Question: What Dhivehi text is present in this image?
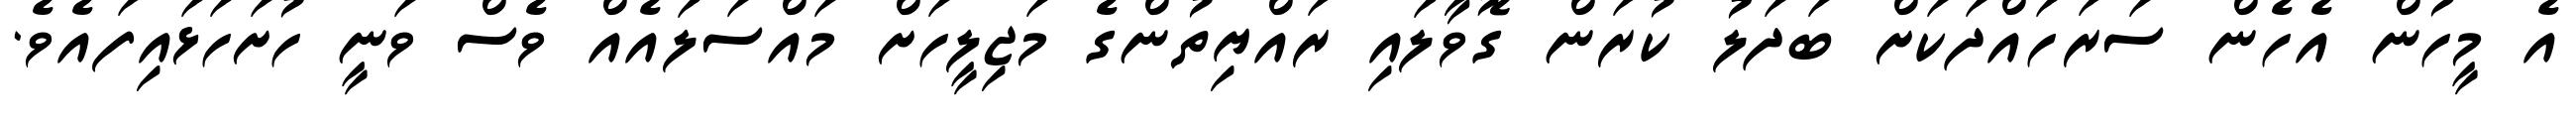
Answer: އެ މީހުން އެހެން ސަރަހައްދަކަށް ބަދަލު ކުރަން ގޮވާލައި ރައްޔިތުންގެ މަޖިލީހަށް މައްސަލައެއް ވެސް ވަނީ ހުށަހަޅައިފައެވެ.